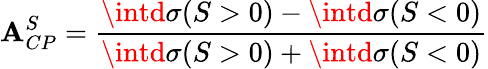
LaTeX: \mathbf{A}_{CP}^{S}=\frac{{\intd\sigma(S>0)-\intd\sigma(S<0)}}{{\intd\sigma(S>0)+\intd\sigma(S<0)}}